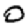
Digit: 0